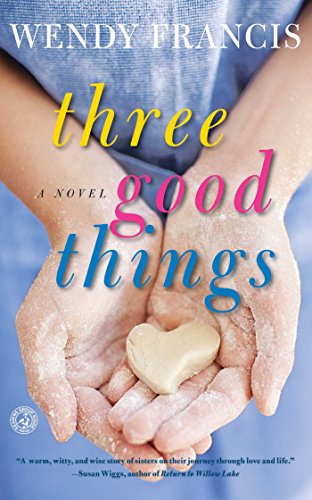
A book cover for Three Good Things: A Novel; Wendy Francis; Literature & Fiction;